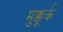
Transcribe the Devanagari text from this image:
मुक्कूर्क